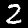
Digit: 2